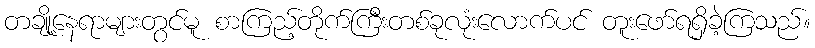
တချို့နေရာများတွင်မူ စာကြည့်တိုက်ကြီးတစ်ခုလုံးလောက်ပင် တူးဖော်ရရှိခဲ့ကြသည်။